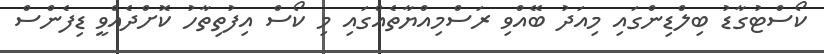
ކޯސްޓުގާޑު ބިލްޑިންގައި މިއަދު ބޭއްވި ރަސްމިއްޔާތެއްގައި މި ކޯސް އިފުތިތާހު ކޮށްދެއްވީ ޑިފެންސް